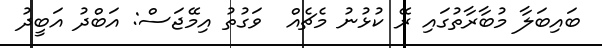
ބައިބަލާ މުބާރާތުގައި ރޭ ކުޅުނު މެޗެއް  ވަގުތު އިމޭޖަސް: އަބްދު އަބީދު